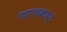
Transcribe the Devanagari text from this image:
फारचकष्ट